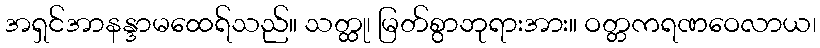
အရှင်အာနန္ဒာမထေရ်သည်။ သတ္ထု၊ မြတ်စွာဘုရားအား။ ဝတ္တကရဏဝေလာယ၊